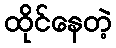
ထိုင်နေတဲ့